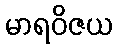
မာရဝိဇယ